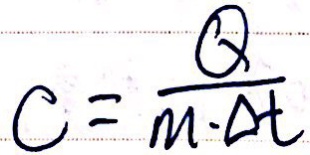
c = \frac { Q } { m \cdot \Delta t }